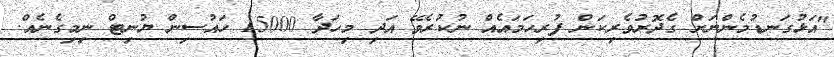
"އަޅުގަނޑުމެންނަށް ގެދޮރުވެރިކަން ފުރިހަމައެއް ނުކުރެވޭ އަދި މިހަދާ 15000 ހައުސިން ޔުނިޓް ނިމިގެނެއް.